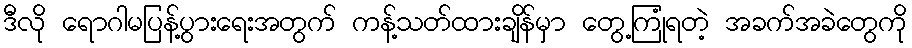
ဒီလို ရောဂါမပြန့်ပွားရေးအတွက် ကန့်သတ်ထားချိန်မှာ တွေ့ကြုံရတဲ့ အခက်အခဲတွေကို